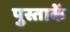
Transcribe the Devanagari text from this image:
पुस्ताकें